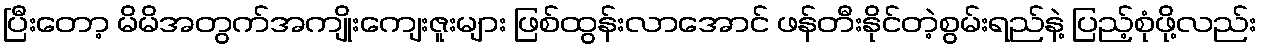
ပြီးတော့ မိမိအတွက်အကျိုးကျေးဇူးများ ဖြစ်ထွန်းလာအောင် ဖန်တီးနိုင်တဲ့စွမ်းရည်နဲ့ ပြည့်စုံဖို့လည်း